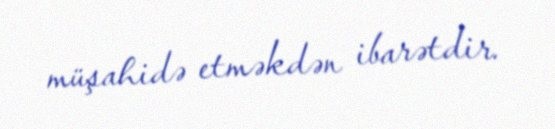
müşahidə etməkdən ibarətdir.